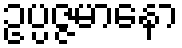
ဥပ္ပဇ္ဇမာနော